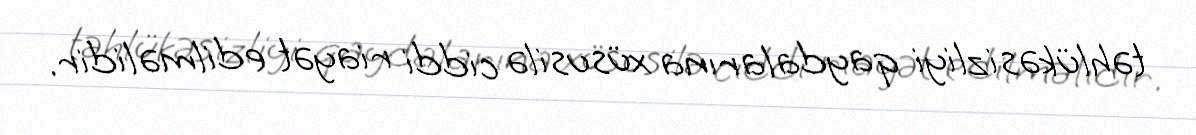
təhlükəsizliyi qaydalarına xüsusilə ciddi riayət edilməlidir.